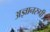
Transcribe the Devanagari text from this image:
अज्ञानरुपी